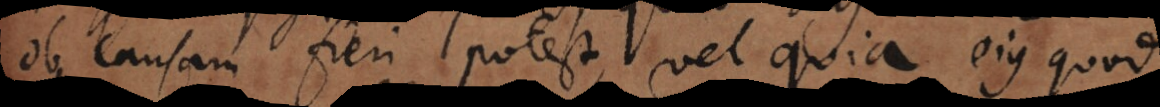
ob causam fieri potest, vel quia ejus quod